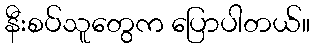
နီးစပ်သူတွေက ပြောပါတယ်။